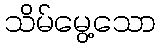
သိမ်မွေ့သော